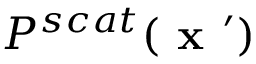
P ^ { s c a t } ( \textbf { x } ^ { \prime } )